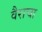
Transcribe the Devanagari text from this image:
वैराचा